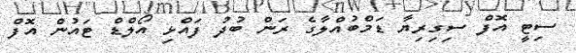
ސިޓީ އޮފް ސިގިރިޔާ ޑަމްބުއްލާގެ ރަން ބުދު ފައްޅި އޯލްޑް ޓައުން އޮފް